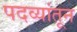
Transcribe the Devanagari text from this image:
पदव्यांतून